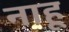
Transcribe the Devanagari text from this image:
नाहू